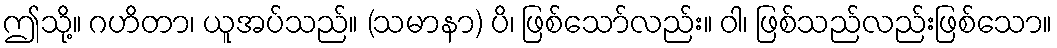
ဤသို့။ ဂဟိတာ၊ ယူအပ်သည်။ (သမာနာ) ပိ၊ ဖြစ်သော်လည်း။ ဝါ၊ ဖြစ်သည်လည်းဖြစ်သော။